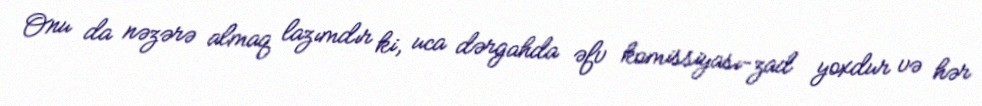
Onu da nəzərə almaq lazımdır ki, uca dərgahda əfv komissiyası-zad yoxdur və hər